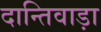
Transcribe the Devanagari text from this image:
दान्तिवाड़ा